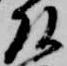
頭